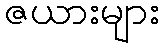
ဇယားများ